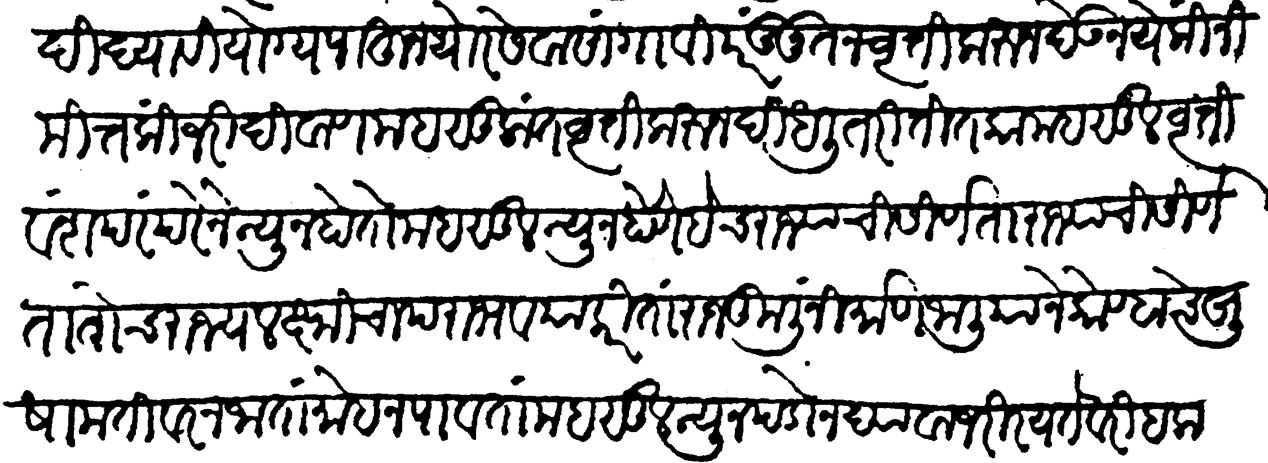
Transliteration (Devanagari): भूषणादि द्यावी योग्य पाहून थोर सेवा सांगावी परंतु नूतन वृत्ति करून देऊं नये किंनीमित्त की जरी दिवाण महसुलात वृत्ति करुन दिधली तरी तितका महसूल वृत्ति वंशपरंपरेनें न्यून होतो महसूल न्यून होणे हेच राज्याची शीर्णता राज्याची शीर्णता तोच राज्यलक्ष्मीचा पराभव याकरितां राजकुलीं निर्माण जालियाने कोण्हाचे खुषामती वर न जातां मोह न पावतां महसूल न्यून पडों न द्यावा जरी रयतेवरी हक